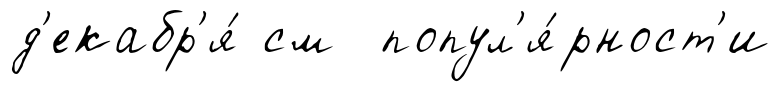
д'екабр'я́ см попул'я́рност'и